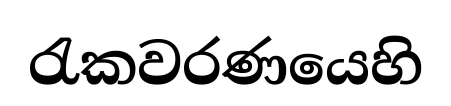
රැකවරණයෙහි